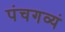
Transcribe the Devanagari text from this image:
पंचगव्यं